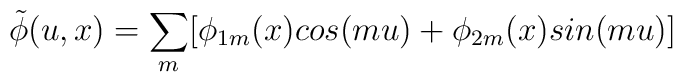
\tilde{\phi}(u,x)=\sum_{m}[\phi_{1m}(x)cos(mu)+\phi_{2m}(x)sin(mu)]